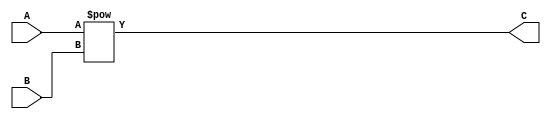
module exponent(
  input [7:0]A,B,
  output reg [32:0]C);
  always@ (*) begin 
    C=A**B;
  end
endmodule